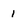
Character: 1